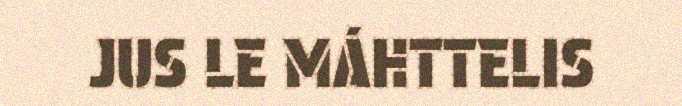
JUS LE MÁHTTELIS